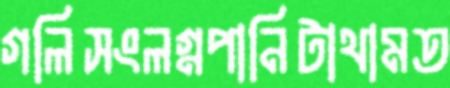
গলিসংলগ্নপানিটাথামত